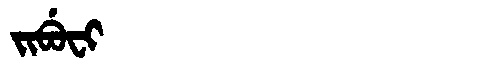
Manchu: ᠵᡳᠪᡠᠸᡳ
Romanization: JIBUFI